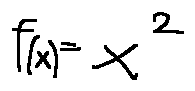
f ( x ) = x ^ { 2 }